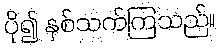
ပို၍ နှစ်သက်ကြသည်။